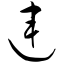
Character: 连